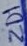
Text: ZD1